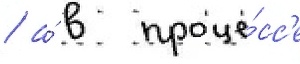
/ а́ в проце́сс'е